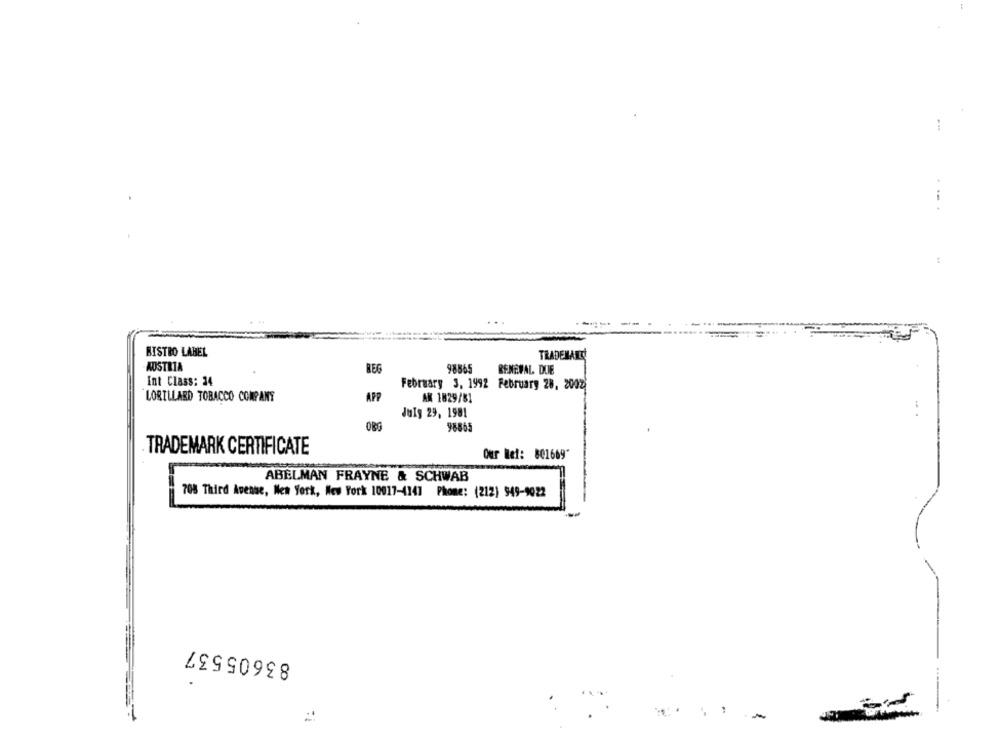
BISTRO LABEL
TRADENANY
AUSTRIA
REG
98865
RENEWAL DUE
Int Class: 34
February 3. 1992 February 28, 2002
LORILLARD TOBACCO COMPANY
APP
AK 1829/81
July 29, 1981
98855
TRADEMARK CERTIFICATE
Our Ref: 801669'
ABELMAN FRAYNE & SCHWAB
708 Third Avenue, New York, New York 10017-4141 Phone: (212) 949-9022
83605537